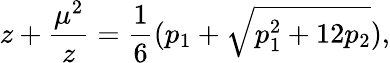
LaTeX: z+{\frac{\mu^{2}}{z}}={\frac{1}{6}}(p_{1}+\sqrt{p_{1}^{2}+12p_{2}}),